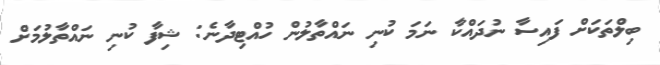
ބިލްތަކަށް ފައިސާ ނުދައްކާ ނަމަ ކުނި ނައްތާލުން ހުއްޓިދާނެ: ޝިފާ ކުނި ނައްތާލުމަށް